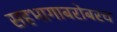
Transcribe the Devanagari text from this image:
सहभागाबरोबरच